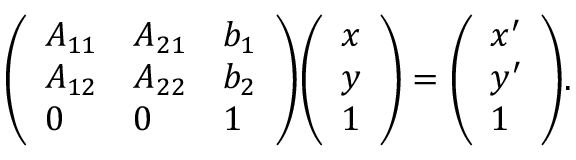
{ \left( \begin{array} { l l l } { A _ { 1 1 } } & { A _ { 2 1 } } & { b _ { 1 } } \\ { A _ { 1 2 } } & { A _ { 2 2 } } & { b _ { 2 } } \\ { 0 } & { 0 } & { 1 } \end{array} \right) } { \left( \begin{array} { l } { x } \\ { y } \\ { 1 } \end{array} \right) } = { \left( \begin{array} { l } { x ^ { \prime } } \\ { y ^ { \prime } } \\ { 1 } \end{array} \right) } .